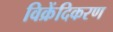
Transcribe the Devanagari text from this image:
विक्रेंदिकरण